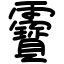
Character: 靌